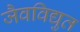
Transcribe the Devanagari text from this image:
जैवविद्युत